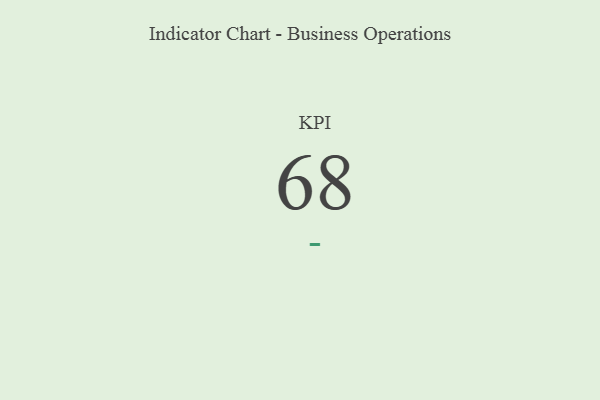
{"axis": {"x": "KPI", "y": "Value"}, "legend": [""], "data": [{"x": "KPI", "y": 68, "type": ""}]}